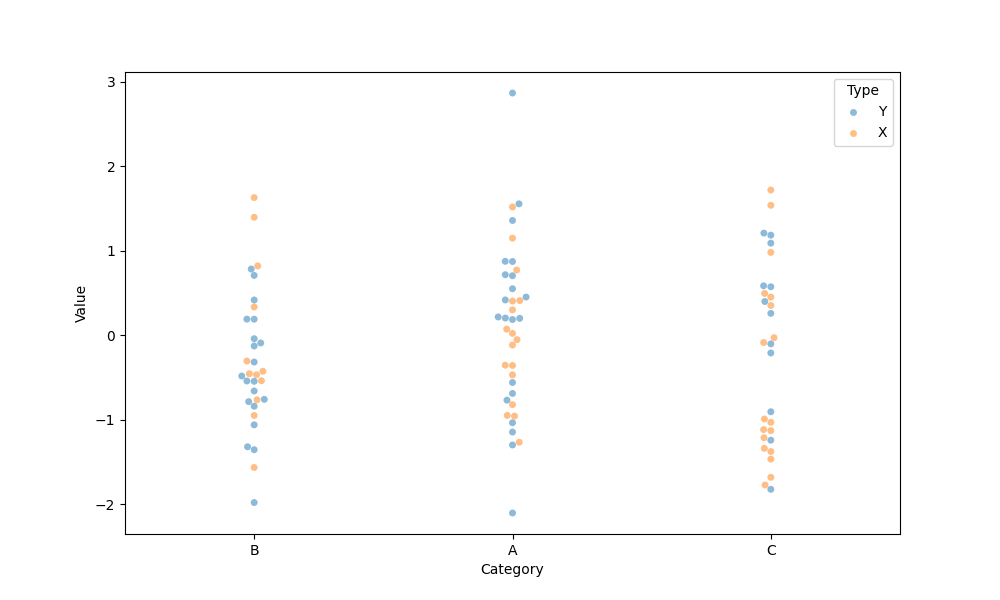
python, seaborn, swarmplot, dodge=False, alpha=0.5, size=5